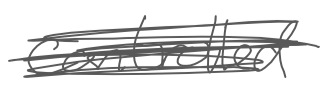
Text: controlled
Cross-out: scratch
Writing tool: digital_gray